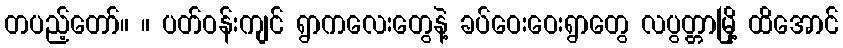
တပည့်တော်။ ။ ပတ်ဝန်းကျင် ရွာကလေးတွေနဲ့ ခပ်ဝေးဝေးရွာတွေ လပွတ္တာမြို့ ထိအောင်